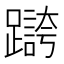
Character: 𫏥